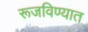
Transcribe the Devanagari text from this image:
रूजविण्यात